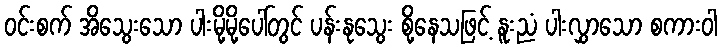
ဝင်းစက် အိသွေးသော ပါးမို့မို့ပေါ်တွင် ပန်းနုသွေး စို့နေသဖြင့် နူးညံ ပါးလွှာသော စကားဝါ